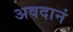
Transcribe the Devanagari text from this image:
अवदानं